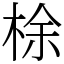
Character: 梌